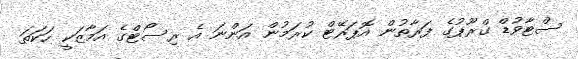
ސްޓާވުޑް ގްރޫޕުގެ ފަރާތުން އޮޕަރޭޓް ކުރަމުން އަންނަ އެ ރިސޯޓްގެ އަމާޒަކީ ހަކަތަ